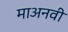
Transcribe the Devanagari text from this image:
माअनवी